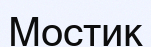
Мостик